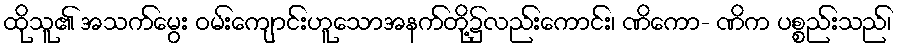
ထိုသူ၏ အသက်မွေး ဝမ်းကျောင်းဟူသောအနက်တို့၌လည်းကောင်း၊ ဏိကော- ဏိက ပစ္စည်းသည်၊